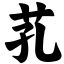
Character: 芤